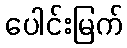
ပေါင်းမြက်